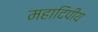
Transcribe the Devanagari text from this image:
महादिपीय